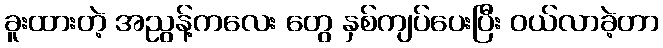
ခူးထားတဲ့ အညွန့်ကလေး တွေ နှစ်ကျပ်ပေးပြီး ဝယ်လာခဲ့တာ